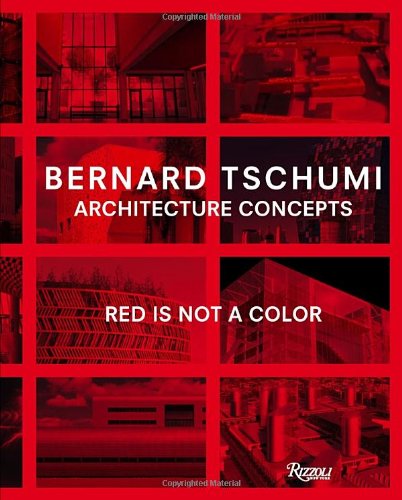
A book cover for Architecture Concepts: Red is Not a Color; Bernard Tschumi; Arts & Photography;